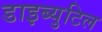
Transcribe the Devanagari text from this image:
डाइब्युटिल